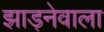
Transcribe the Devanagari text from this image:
झाड़नेवाला